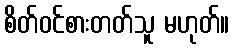
စိတ်ဝင်စားတတ်သူ မဟုတ်။